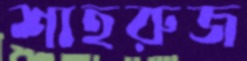
শাহরুজ